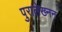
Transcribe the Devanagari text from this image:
पुरालेख्नन